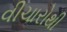
વીચારોથી